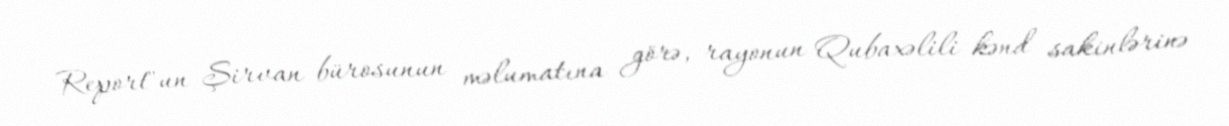
Report"un Şirvan bürosunun məlumatına görə, rayonun Qubaxəlili kənd sakinlərinə